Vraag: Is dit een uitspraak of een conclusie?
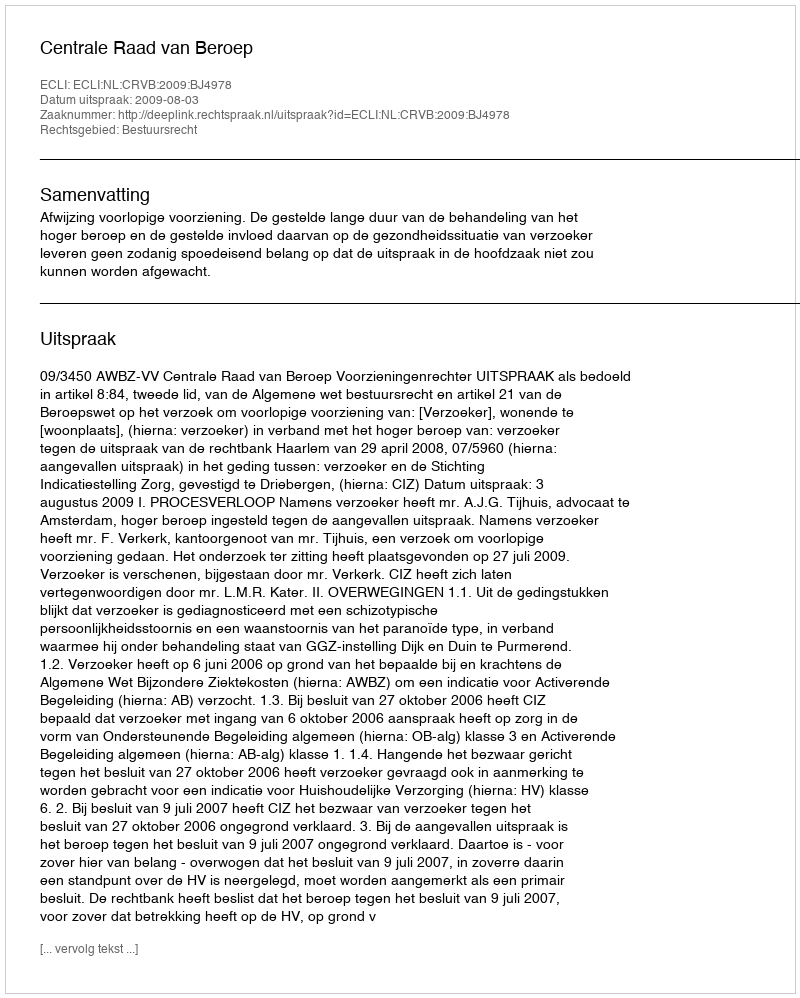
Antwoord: Uitspraak